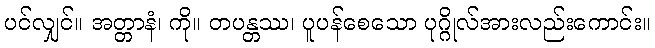
ပင်လျှင်။ အတ္တာနံ၊ ကို။ တပန္တဿ၊ ပူပန်စေသော ပုဂ္ဂိုလ်အားလည်းကောင်း။